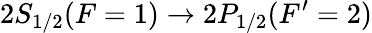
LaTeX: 2S_{1/2}(F=1)\rightarrow 2P_{1/2}(F^{\prime}=2)